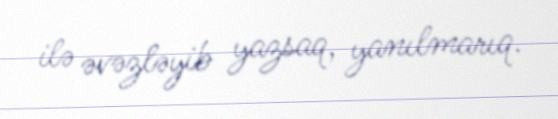
ilə əvəzləyib yazsaq, yanılmarıq.